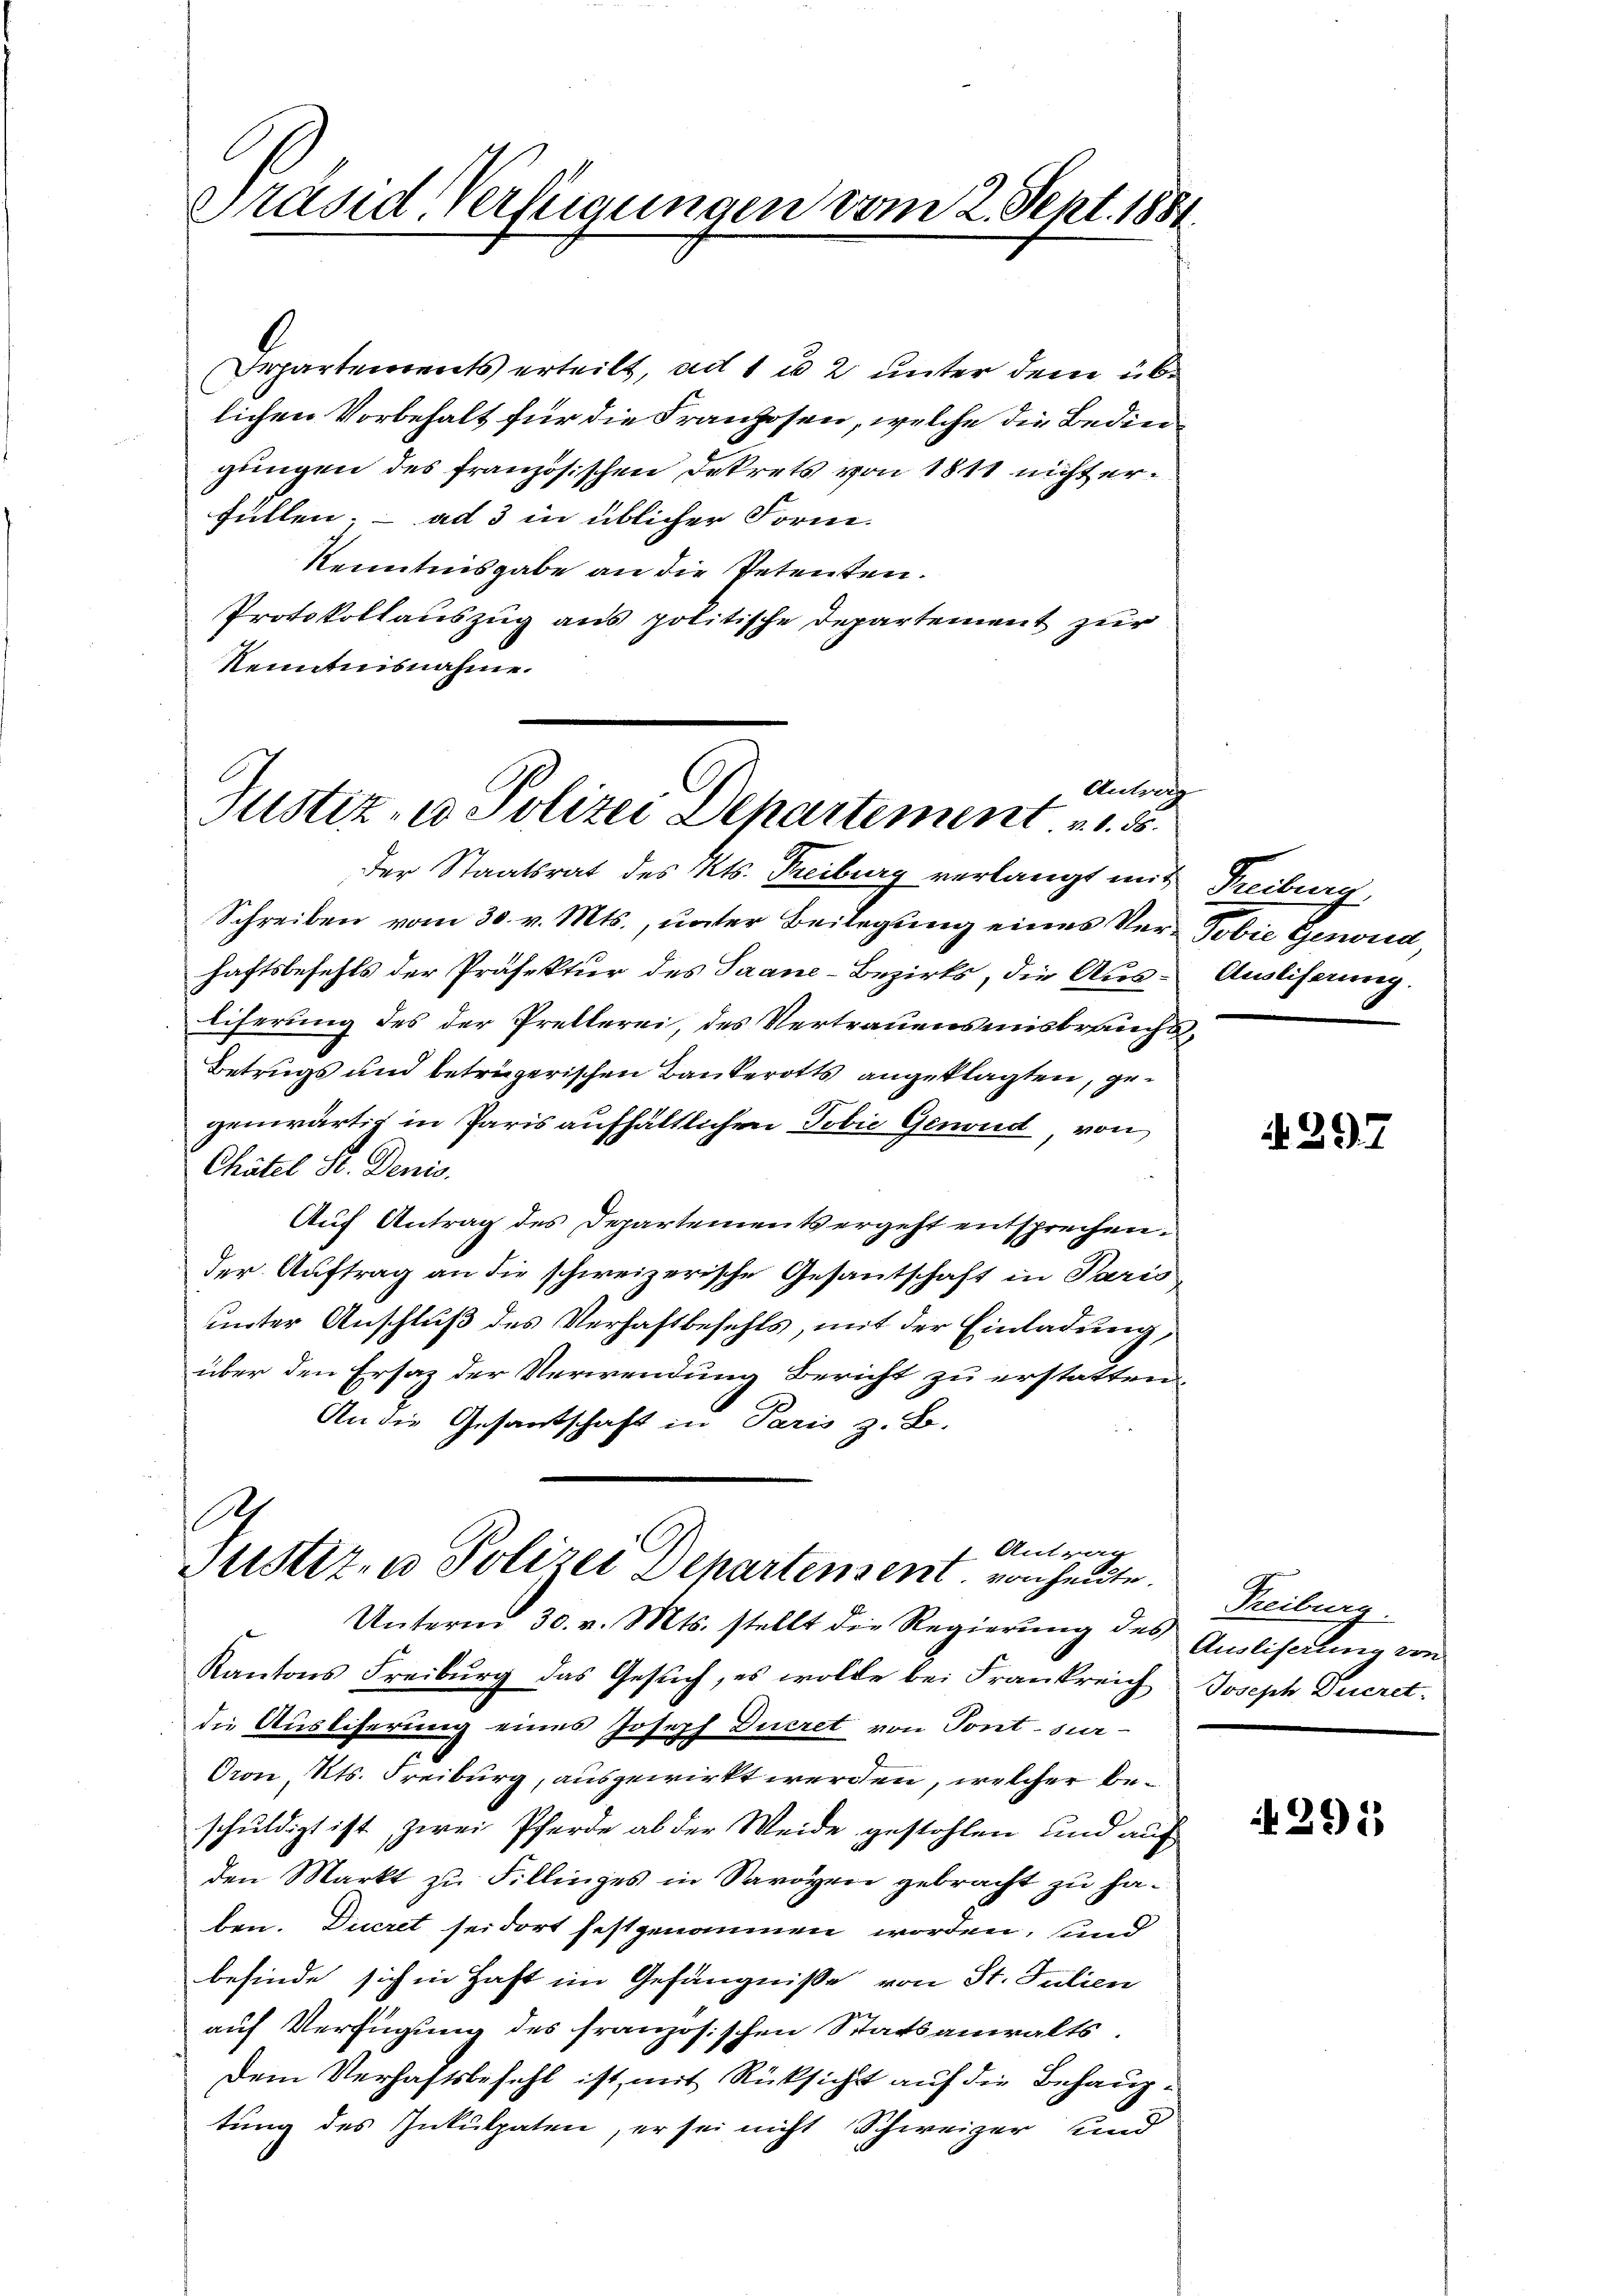
Präsid. Verfügungen vom 2. Sept. 1881.

Departements erteilt, ad 1 u. 2 unter dem übe
lichen Vorbehalt für die Franzosen, welche die Bedin
gungen des französischen Dekrets von 1811 nicht erfüllen; – ad 3 in üblicher Form-
Kenntnisgabe an die Petenten.
Protokollauszug aus politische Departement zur
Kenntnisnahme.

Antrag
Justiz- u Polizei Departement u. 55.

der Staatsrat des Kts. Freiburg verlangt mit
Schreiben vom 30. v. Mts., unter Beilegung eines Ver-Pobie Gesund,
haftsbefehls der Präfektur des Saane-Bezirks, die Aus-
liferung des der Pretlerei, des Vertrauensmisbrauch¬
Betrugs und betrügerischen Bankerotts angeklagten, gegenwärtig in Paris aufhältlichen Tobie Genoud, von
Chätel S. Denis.
Auf Antrag des Departements ergeht entsprechen.
der Auftrag an die schweizerische Gesantschaft in Paris
unter Anschluß des Verhaftbefehls, mit der Einladung,
über den Ersatz der Verwendung Bericht zu erstatten.
An die Gesantschaft in Paris z. B.

A
1. Antrag
Justiz, u. Polizei Departement von heute.

Unterm 30. v. Mts. stellt die Regierŭng des Ausliserŭng von
Kantons Freiburg das Gesŭch, es wolle bei Frankreich
die Ausliferung eines Joseph Ducret von Sont sur-
Oron, Kts. Freiburg, ausgewirkt werden, welcher beschuldigt ist, zwei Pferde ab der Weide gestohlen und auf
den Markt zu Fillinges in Savoyen gebracht zu haben. Ducret sei dort festgenommen worden, und
befinde sich in Haft im Gefängniße von St. Julien
auf Verfügung des französischen Statsanwalts.
Dem Verhaftsbefehl ist, mit Rücksicht auf die Behauptung des Inkulpaten, er sei nicht Schweizer und

Freiburg
Ausliferung.

A 297

Freiburg.
Joseph Ducret.

291